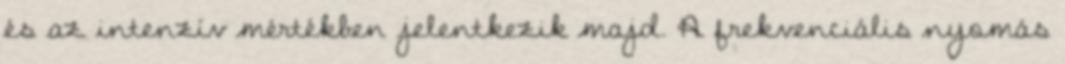
és az intenzív mértékben jelentkezik majd. A frekvenciális nyomás